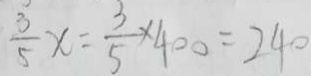
\frac { 3 } { 5 } x = \frac { 3 } { 5 } \times 4 0 0 = 2 4 0